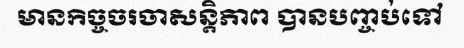
មានកិច្ចចរចាសន្តិភាព បានបញ្ចប់ទៅ